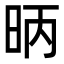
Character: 昞